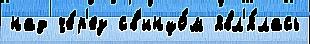
над че́р'ез св'инцо́м явл'я́лась